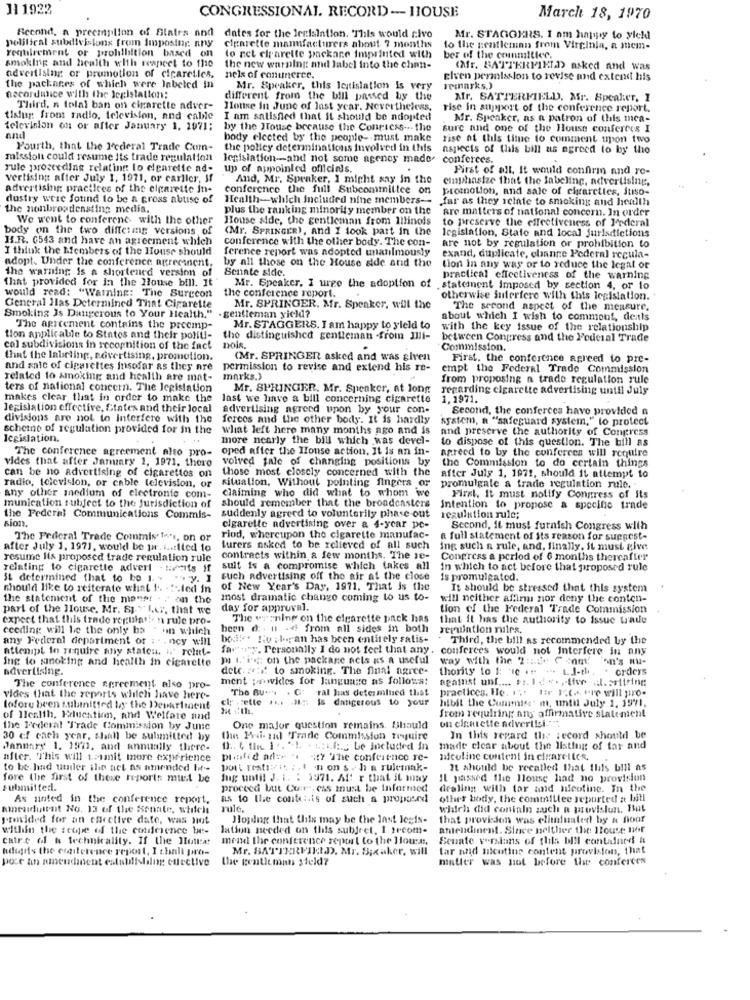
111922
CONGRESSIONAL. RECORD - HOUSE
March 18, 1970
Second, a preemption of Slates and
political subdivisions from Imposing. any
dates for the legislation. This would civo
Mr. STAGOKRS. I am happy to yield
requirement or prolilliition based on
cigarette manufacturers about 7 months
to the gentleman from Virginia, a mem-
smoking and health with respect to the
to ret elrarette packare imprinted with
ber of the committee.
the new warning and label into the chan-
(Afr. BATTERFIELD) asked and was
advertising or promotion of cigaretles.
nels of conuneree.
elven permission to revise und extend his
the packages of which were Inbeled in
Mr. Speaker, this legislation is very
remarks.)
necordance with the legislation:
different from the bill passed by the
Mr. SATTERFIELD. Mr. Speaker, 1
Third. n tolal ban on cigarette adver-
House In June of last year. Nevertheless,
rise in support of the conference report.
tising from radio, television, and cable
I am satisfied that it should be adopted
Mr. Speaker, as a patron of this mea-
television on or after January 1. 1071;
by the House because the Conticss -.. the
surc and one of the House conferees I
and
body elected by the people-must make
rise of this time to comment upon two
Pourth, that the Federal Trade Com-
the polley determinations involved in this
aspects of this bill as agreed to by the
missioli could resume its trade regulation
legislation -- and not some agency made-
conferees.
rule proceeding relating lo elgarette ad-
up of appointed officials.
First of all. It would confirm and re-
vertising after July 1, 1971, or carlier, If
And, Mr. Speaker, I might say in the
emphasize that the labeling, advertising,
advertising practices of the cigarette in-
conference the full Subcommittee on
promotion, and sale of cigarettes, itiso-
dustry were found to be a cross abtise of
Health-which Included nine members-
far as they iclate to smoking and health
the nonbroadcasting media,
plus the ranking minority member on the
are matters of national concern. In order
We went to conferent with the other
House aide, the gentleman from Illinois
to preserve the effectiveness of Federal
body on the two differing versions of
(Mr. SPRINGER), And I took part in the
legislation, State and local jurisdictions
H.R. C543 and have an agreement which
conference with the other body. The con-
I think the Members of the House should
ference report was adopted unanimously
are not by regulation or prohibition to
by all those on the House side and the
exand, duplicate, change Federal regula-
adopt. Under the conference agrecinent.
the warning is a shortened version of
Senate side.
tion in any way or to reduce the legal or
that provided for in the House bill. It
practical effectiveness of the warning
Mr. Speaker, I urge the adoption of
. statement imposed by section 4, or to
would read: "Warning: The Surecon
the conference report.
otherwise Suterfere with this legislation.
Central Has Determined That Cigarette
gentleman yield?
Mr. SPRINGER. Mr. Speaker, will the
The second aspect of the measure.
Smoking Is Dangerous to Your Health."
about which I wish to commout, deals
The agreement contains the preemp-
Mr. STAGGERS. I am happy to yield to
with the key issue of the relationship
tion applicable to States and their politi-
the distinguished gentleman -from Illi-
between Congress and the Federal Trade
cal subdivisions in recognition of the fact
nois
.
Commission.
that the labeling, covertising, promotion.
(Mr. SPRINGER asked and was given
First, the conference agreed to pre-
and sale of cigarettes insofar as they are
permission to revise and extend his re-
empt the Federal Trade Commission
related to smoking and health are mat-
marks.>
from proposing n trade regulation rule
ters of national concern. The legislation
Mr. SPRINGER, Mr. Speaker, at long
regarding cigarette advertising until July
makes clear that in order to make the
last we have a bill concerning cigarette
1.1971.
legislation effective, States and their local
advertising agreed upon by your con-
Second, the conferces have provided a
divisions are not to Interfere with the
fereos and the other body. It is hardly
system, a "safeguard system," to protect
scheme of regulation provided for in the
what left here many months ago and is
and preserve the authority of Congress
Icgislation.
more nearly the bill which was devel-
to dispose of this question. The bill as
The conference agreement also pro- oned after the House action. It is an in-
agreed to by the conferees will require
vides that after Jarmary 1, 1971. thoro
volved tale of changing positions by
the Commission to do certain things
those most closely concerned with the
can be no advertising of cigarettos on
situation, Without pointing fingers or
after July 1, 1971, should it attempt to
promulgate a trade regulation rule.
radio, television, or cable television, or
claiming who did what to whom we
any other medium of electronic com-
should remember that the broadcasters
First, It must notify Congress of its
munication subject to the Jurisdiction of
Intention to propose a specific trade
sion.
the Federal Communications Commis-
suddenly agreed to voluntarily phase out
regulation rule;
cigarette advertising over a 4-year pe-
Second, it must furnish Congress with
The Federal Trade Commis Ions, on or
riod, whereupon the cigarette manufac-
a full statement of Its reason for suggest-
after July 1, 1971, would be pr. i ... Ited to
turers asked to be relieved of all such
ing such a rule, and, finally, it must give
resume its proposed trade regulation rule
contracts within a few months. The re-
Congress a period of 6 months thereafter
relating to cigarette advert . wevits if suit is a compromise which takes all
suit is a compromise which takes all
in which to act before that proposed rule
it determined that to be 1. . .. y. I
such advertising off the air at the close
is promulgated.
should like to reiterate what I .. .... led in
of New Year's Day, 1971. That is the
It should be stressed that this system
the statement of the maner . . on the
most dramatic change coming to us to-
will neither affirm nor deny the conten-
part of the House, Mr. &J." Ler, that we
day for approval.
tion of the Federal Trade Commission
expect that this trade regulat! n rule pro-
The warning on the cigarette pack has
that it has the authority to issue trade
ceeding will be the only ba - on which
been d: . u . d from all sides in both
reruintion ruiles,
any Federal department of : . . ncy will
boil. Lo slogan has been entirely satis-
Third, the bill as recommended by the
atlenipt io require any stateu. i." rettet-
fare"y. Personally I do not feel that any, conferees would not Interfere in any
Ing to smoking and health in cigarette
DI L'i: on the package nels us a useful
way with the 2 ::. 2. Conm.
on's au-
advertising.
detc. riff to smoking. The final agree-
thority to 1: "IC +" " LJ-th
. orders
ment par wides for language as follows:
against unf .... $2. 1 .. .. ,- Ufer a.ertising
The conference agreement also pro-
"The Bu. . G' ral has determined that
practices. He. ... tir I.C. tre will pro.
vides that the reports which have here-
clp .cette .... . 21 ;; is dangerous to your
hibit the Commiss' m, until July 1, 1971,
loforu been sulainitied by the Department
of Health, Education, and Welfare and
from requiring ans affirmative statement
on einnette advertisi."".
the Federal Trade Commission by June
One major question remains. Should
30 cf each year, shall be sulmmitted by
the Pwii- sul Trade Commission require
In this regard the record should be
January 1. 1971, and annually there-
D :. 6 fin 1 .. "I. . .... 12 be included in
made clear about the listing of far and
after. This will toimit more experience
pufad ad :- 1 47 The conference re-
nicoline content in cigarettes.
to be had under the act as amended bit --
pott rest Ric ; . I .non s . h a rulemak-
It should be recalled that this bill as
fore the first of these reports must be
Ing until J. i. : 1971. Af: r that it may
Il passed the House had no provision
submitteri.
proceed butt Curs. css must be Informed
dealing with tar mond nicotine. In the
As noted in the conference report.
as to the conten.is of such a proposed
other body, the committee reported a bill
amendment No. 13 of the Senate, which
rule,
which did coninin wach a provision, But
provided for an carctive date, was not
Hoydlig that this may be the last lesis-
that providen was elhaluated by a floor
within the scope of the conference be-
lation needed on this subject. I zrcom-
amendinent. Since helther the House nor
caire ddf & technicality. If the Hotet
mead the conference report to the Hours.
Senate versions of this bill contadined &
hdigis the emailerence repost, I thalt pro-
Mr. SATTERFIELD. Mr. Baker, will
tar and nicotine content provision, that
ent establishing effective
the gentlemans steld?
matter was not before the conferces